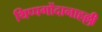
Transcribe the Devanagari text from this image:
थिप्पगोंदानाहल्ली